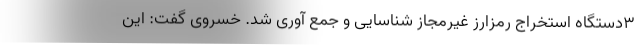
۳دستگاه استخراج رمزارز غیرمجاز شناسایی و جمع آوری شد. خسروی گفت: این